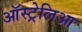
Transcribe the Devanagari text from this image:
ऑस्ट्रेलिआ